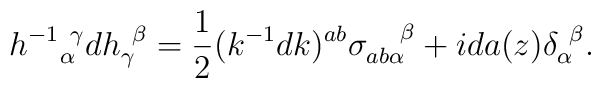
h^{-1}{}^{~\gamma}_\alpha d h_\gamma^{~\beta}={1\over2}(k^{-1}dk)^{ab}\sigma_{ab\alpha}^{~~~\beta}+ida(z)\delta^{~\beta}_\alpha.